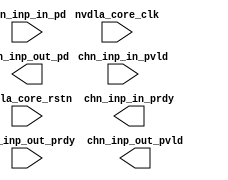
// ================================================================
// NVDLA Open Source Project
//
// Copyright(c) 2016 - 2017 NVIDIA Corporation. Licensed under the
// NVDLA Open Hardware License; Check "LICENSE" which comes with
// this distribution for more information.
// ================================================================
// ================================================================
// NVDLA Open Source Project
// 
// Copyright(c) 2016 - 2017 NVIDIA Corporation.  Licensed under the
// NVDLA Open Hardware License; Check "LICENSE" which comes with 
// this distribution for more information.
// ================================================================
module NV_NVDLA_SDP_HLS_Y_inp_top (
   chn_inp_in_pd //|< i
  ,chn_inp_in_pvld //|< i
  ,chn_inp_out_prdy //|< i
  ,nvdla_core_clk //|< i
  ,nvdla_core_rstn //|< i
  ,chn_inp_in_prdy //|> o
  ,chn_inp_out_pd //|> o
  ,chn_inp_out_pvld //|> o
  );
input [185*0 -1:0] chn_inp_in_pd;
input chn_inp_in_pvld;
input chn_inp_out_prdy;
output chn_inp_in_prdy;
output [32*0 -1:0] chn_inp_out_pd;
output chn_inp_out_pvld;
input nvdla_core_clk;
input nvdla_core_rstn;
//: my $k=0;
//: my $bf =0*32;
//: my $by0=0*(32+35);
//: my $by1=0*(32+35+16);
//: my $bsc=0*(32+35+32);
//: my $bsf=0*(32+35+48);
//: my $bof=0*(32+35+48+5);
//: my $bbs=0*(32+35+85);
//: my $bfw=0*(32+35+85+32);
//: foreach my $i (0..${k}-1) {
//: print qq(
//: wire chn_inp_in_prdy${i};
//: wire [31:0] chn_inp_out_data${i};
//: wire chn_inp_out_pvld${i};
//: wire [31:0] inp_in_bias${i};
//: wire inp_in_flow${i};
//: wire [34:0] inp_in_fraction${i};
//: wire [31:0] inp_in_offset${i};
//: wire [15:0] inp_in_scale${i};
//: wire [4:0] inp_in_shift${i};
//: wire [31:0] inp_in_x${i};
//: wire [15:0] inp_in_y0_${i};
//: wire [15:0] inp_in_y1_${i};
//: );
//: }
//: print "\n";
//:
//: foreach my $i (0..${k}-1) {
//: print "assign  chn_inp_out_pd[32*${i}+31:32*${i}] = chn_inp_out_data${i}; \n";
//: }
//: print "\n";
//:
//: foreach my $i (0..${k}-1) {
//: print qq(
//: NV_NVDLA_SDP_HLS_Y_int_inp y_int_inp_${i} (
//: .inp_bias_in (inp_in_bias${i}[31:0]) //|< w
//: ,.inp_flow_in (inp_in_flow${i}) //|< w
//: ,.inp_frac_in (inp_in_fraction${i}[34:0]) //|< w
//: ,.inp_in_pvld (chn_inp_in_pvld) //|< i
//: ,.inp_offset_in (inp_in_offset${i}[31:0]) //|< w
//: ,.inp_out_prdy (chn_inp_out_prdy) //|< i
//: ,.inp_scale_in (inp_in_scale${i}[15:0]) //|< w
//: ,.inp_shift_in (inp_in_shift${i}[4:0]) //|< w
//: ,.inp_x_in (inp_in_x${i}[31:0]) //|< w
//: ,.inp_y0_in (inp_in_y0_${i}[15:0]) //|< w
//: ,.inp_y1_in (inp_in_y1_${i}[15:0]) //|< w
//: ,.inp_data_out (chn_inp_out_data${i}[31:0]) //|> w
//: ,.inp_in_prdy (chn_inp_in_prdy${i}) //|> w
//: ,.inp_out_pvld (chn_inp_out_pvld${i}) //|> w
//: ,.nvdla_core_clk (nvdla_core_clk) //|< i
//: ,.nvdla_core_rstn (nvdla_core_rstn) //|< i
//: );
//: );
//: }
//: print "\n";
//:
//: foreach my $i (0..${k}-1) {
//: print "assign   inp_in_x${i}[31:0]        = chn_inp_in_pd[32*${i}+31:32*${i}]; \n";
//: }
//: foreach my $i (0..${k}-1) {
//: print "assign   inp_in_fraction${i}[34:0] = chn_inp_in_pd[35*${i}+${bf}+34:35*${i}+${bf}]; \n";
//: }
//: foreach my $i (0..${k}-1) {
//: print "assign   inp_in_y0_${i}[15:0]      = chn_inp_in_pd[16*${i}+${by0}+15:16*${i}+${by0}]; \n";
//: }
//: foreach my $i (0..${k}-1) {
//: print "assign   inp_in_y1_${i}[15:0]      = chn_inp_in_pd[16*${i}+${by1}+15:16*${i}+${by1}]; \n";
//: }
//: foreach my $i (0..${k}-1) {
//: print "assign   inp_in_scale${i}[15:0]    = chn_inp_in_pd[16*${i}+${bsc}+15:16*${i}+${bsc}]; \n";
//: }
//: foreach my $i (0..${k}-1) {
//: print "assign   inp_in_shift${i}[4:0]     = chn_inp_in_pd[5*${i}+${bsf}+4:5*${i}+${bsf}]; \n";
//: }
//: foreach my $i (0..${k}-1) {
//: print "assign   inp_in_offset${i}[31:0]   = chn_inp_in_pd[32*${i}+${bof}+31:32*${i}+${bof}]; \n";
//: }
//: foreach my $i (0..${k}-1) {
//: print "assign   inp_in_bias${i}[31:0]     = chn_inp_in_pd[32*${i}+${bbs}+31:32*${i}+${bbs}]; \n";
//: }
//: foreach my $i (0..${k}-1) {
//: print "assign   inp_in_flow${i}           = chn_inp_in_pd[${i}+${bfw}]; \n";
//: }
//: print "\n";
//| eperl: generated_beg (DO NOT EDIT BELOW)

wire chn_inp_in_prdy0;
wire chn_inp_out_pvld0;

//| eperl: generated_end (DO NOT EDIT ABOVE)
assign chn_inp_in_prdy = chn_inp_in_prdy0;
assign chn_inp_out_pvld = chn_inp_out_pvld0;
endmodule // NV_NVDLA_SDP_HLS_Y_inp_top